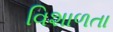
વિશાળતા